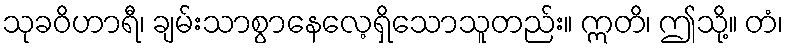
သုခဝိဟာရီ၊ ချမ်းသာစွာနေလေ့ရှိသောသူတည်း။ ဣတိ၊ ဤသို့။ တံ၊